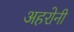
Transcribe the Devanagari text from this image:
अहरोनी